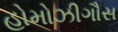
હોમોઝીગૌસ